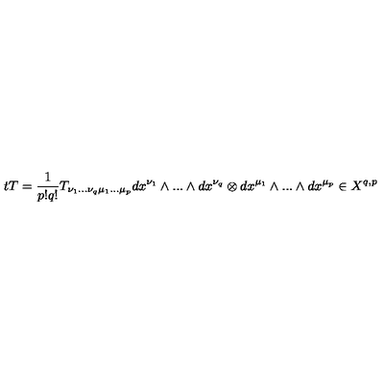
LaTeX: t T = \frac { 1 } { p ! q ! } T _ { \nu _ { 1 } . . . \nu _ { q } \mu _ { 1 } . . . \mu _ { p } } d x ^ { \nu _ { 1 } } \wedge . . . \wedge d x ^ { \nu _ { q } } \otimes d x ^ { \mu _ { 1 } } \wedge . . . \wedge d x ^ { \mu _ { p } } \in X ^ { q , p }